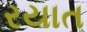
રયાત